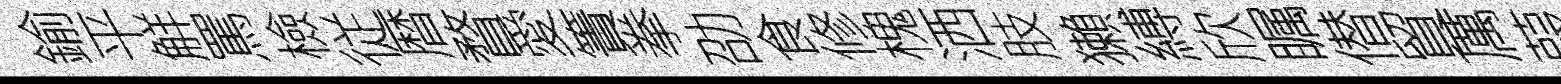
鍮平觧罵檢従暦瞀愛簀拳劭食修槐洒肢獺縛欣瞩僣貿厲葭